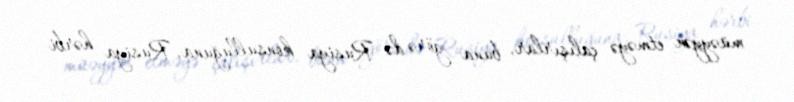
müəyyən etməyə çalışırlar, buna görə də Rusiya konsulluğuna, Rusiya hərbi